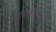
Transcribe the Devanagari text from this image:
ग्रामस्वच्छतेसाठी